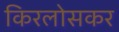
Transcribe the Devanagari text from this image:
किरलोसकर